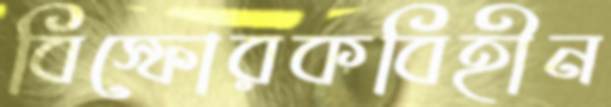
বিস্ফোরকবিহীন